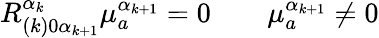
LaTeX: R_{(k)0\alpha_{k+1}}^{\alpha_{k}}\mu_{a}^{\alpha_{k+1}}=0\qquad\mu_{a}^{\alpha_{k+1}}\neq 0